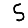
Digit: 5